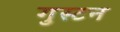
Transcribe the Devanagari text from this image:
गुस्टन